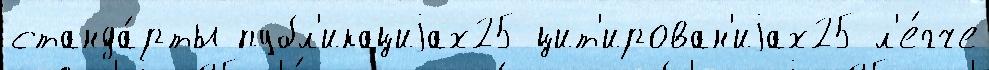
станда́рты публ'икациjах25 цит'ирован'иjах25 л'е́гче